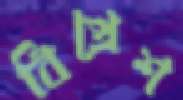
বিপ্রেশ